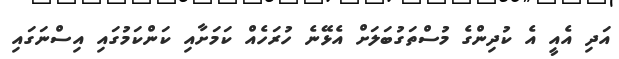
އަދި އެއީ އެ ކުދިންގެ މުސްތަގުބަލަށް އެޅޭނެ ހުރަހެއް ކަމަށާއި ކަންކަމުގައި އިސްނަގައި